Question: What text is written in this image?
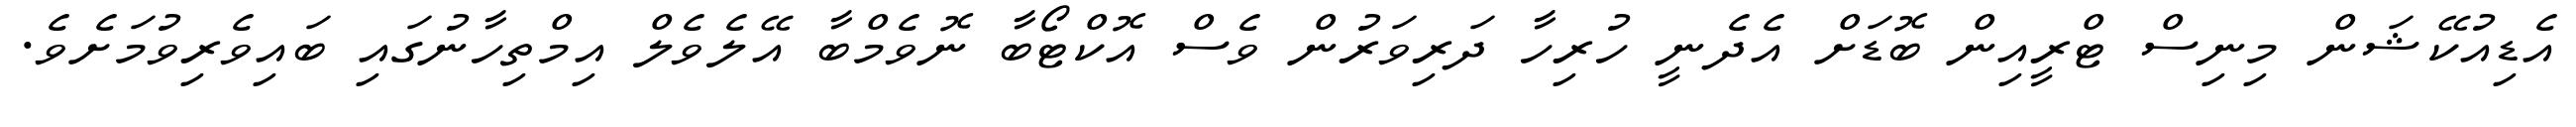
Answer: އެޑިއުކޭޝަން މިނިސް ޓްރީއިން ބޮޑަށް އެދެނީ ހުރިހާ ދަރިވަރުން ވެސް އޮކްޓޯބާ ނޮވެމްބާ އޭލެވެލް އިމްތިހާނުގައި ބައިވެރިވުމަށެވެ.